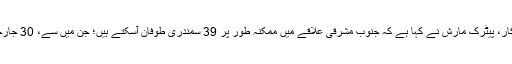
ریاست اوکلوہاما کے شہر نورمن میں قائم طوفان کی پیش گوئی کرنے والے مرکز کے اہل کار، پیٹرک مارش نے کہا ہے کہ جنوب مشرقی علاقے میں ممکنہ طور پر 39 سمندری طوفان آسکتے ہیں؛ جن میں سے، 30 جارجیا، چار مسی سیپی اور ایک ایک لوزیانہ اور جنوبی کیرولینا کو اب تک زد میں لاچکے ہیں۔